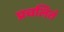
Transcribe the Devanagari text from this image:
प्रचलितं